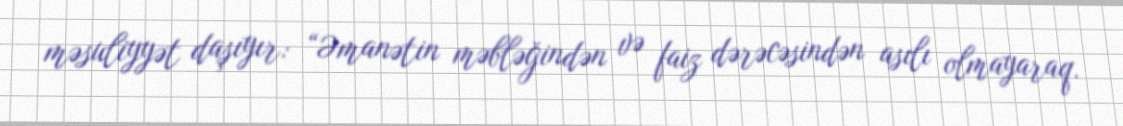
məsuliyyət daşıyır: “Əmanətin məbləğindən və faiz dərəcəsindən asılı olmayaraq.